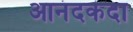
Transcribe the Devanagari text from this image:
आनंदकंदा